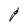
Character: P